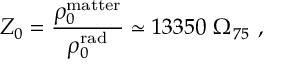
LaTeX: Z _ { 0 } = { \frac { \rho _ { 0 } ^ { \mathrm { m a t t e r } } } { \rho _ { 0 } ^ { \mathrm { r a d } } } } \simeq 1 3 3 5 0 \ \Omega _ { 7 5 } \ ,